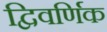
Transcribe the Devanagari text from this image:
द्विवर्णिक